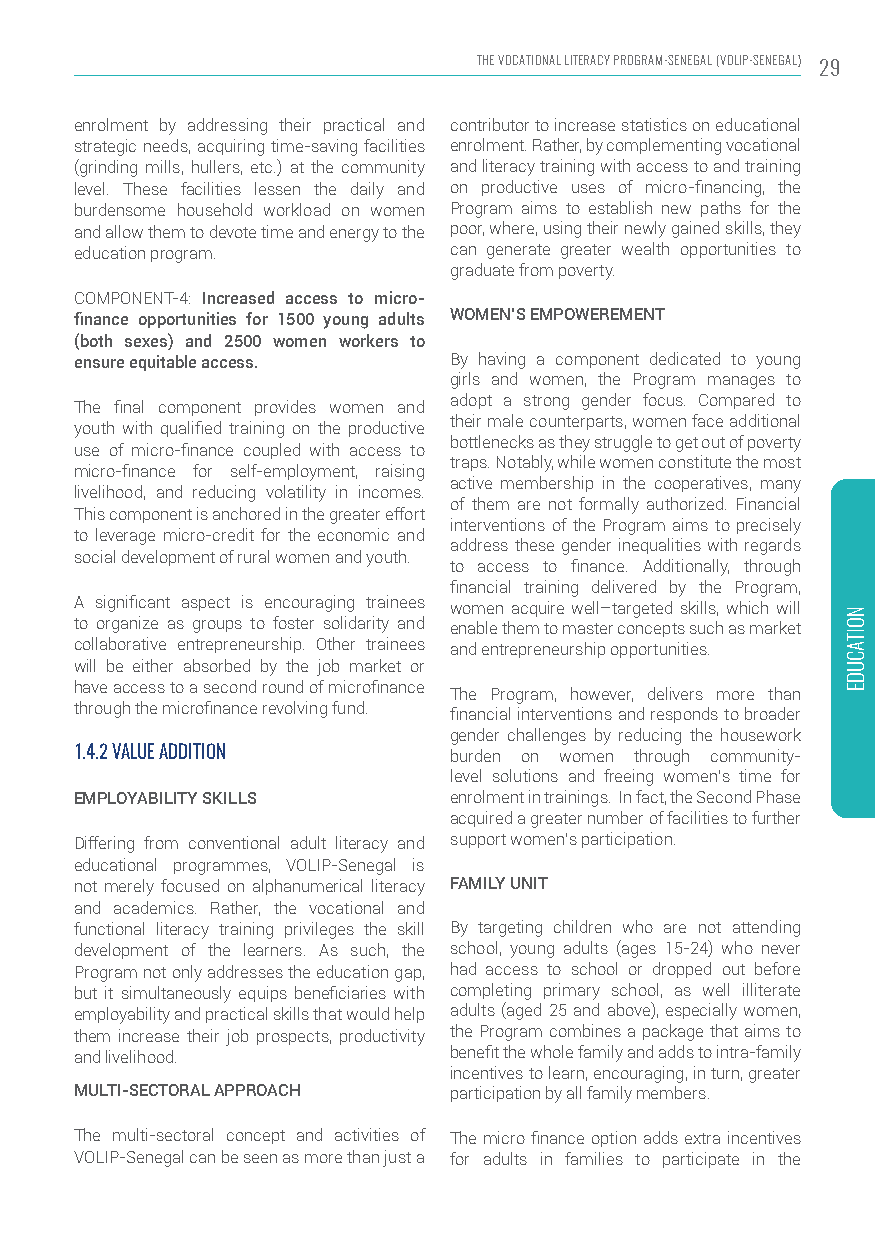
THE VOCATIONAL LITERACY PROGRAM-SENEGAL (VOLIP-SENEGAL) 29
 enrolment by addressing their practical and contributor to increase statistics on educational
 strategic needs, acquiring time-saving facilities enrolment. Rather, by complementing vocational
 (grinding mills, hullers, etc.) at the community and literacy training with access to and training
 level. These facilities lessen the daily and on productive uses of micro-financing, the
 burdensome household workload on women Program aims to establish new paths for the
 and allow them to devote time and energy to the poor, where, using their newly gained skills, they
 education program.       can generate greater wealth opportunities to
 graduate from poverty.
 COMPONENT-4: Increased access to micro-
 finance opportunities for 1500 young adults WOMEN’S EMPOWEREMENT
 (both sexes) and 2500 women workers to
 ensure equitable access. By having a component dedicated to young
 girls and women, the Program manages to
 adopt a strong gender focus. Compared to
 The final component provides women and
 their male counterparts, women face additional
 youth with qualified training on the productive
 bottlenecks as they struggle to get out of poverty
 use of micro-finance coupled with access to
 traps. Notably, while women constitute the most
 micro-finance for self-employment, raising
 active membership in the cooperatives, many
 livelihood, and reducing volatility in incomes.
 of them are not formally authorized. Financial
 This component is anchored in the greater effort
 interventions of the Program aims to precisely
 to leverage micro-credit for the economic and
 address these gender inequalities with regards
 social development of rural women and youth.
 to access to finance. Additionally, through
 financial training delivered by the Program,
 A significant aspect is encouraging trainees women acquire well–targeted skills, which will
 to organize as groups to foster solidarity and enable them to master concepts such as market
 collaborative entrepreneurship. Other trainees and entrepreneurship opportunities.
 will be either absorbed by the job market or
 have access to a second round of microfinance
 The Program, however, delivers more than
 through the microfinance revolving fund. financial interventions and responds to broader
 gender challenges by reducing the housework
 1.4.2 VALUE ADDITION     burden on women through community-
 level solutions and freeing women’s time for
 EMPLOYABILITY SKILLS     enrolment in trainings. In fact, the Second Phase
 acquired a greater number of facilities to further
 Differing from conventional adult literacy and support women’s participation.
 educational programmes, VOLIP-Senegal is
 not merely focused on alphanumerical literacy FAMILY UNIT
 and academics. Rather, the vocational and
 functional literacy training privileges the skill By targeting children who are not attending
 development of the learners. As such, the school, young adults (ages 15-24) who never
 Program not only addresses the education gap, had access to school or dropped out before
 but it simultaneously equips beneficiaries with completing primary school, as well illiterate
 employability and practical skills that would help adults (aged 25 and above), especially women,
 them increase their job prospects, productivity the Program combines a package that aims to
 and livelihood.          benefit the whole family and adds to intra-family
 incentives to learn, encouraging, in turn, greater
 MULTI-SECTORAL APPROACH  participation by all family members.
 The multi-sectoral concept and activities of The micro finance option adds extra incentives
 VOLIP-Senegal can be seen as more than just a for adults in families to participate in the
 NOITACUDE